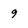
Character: 9